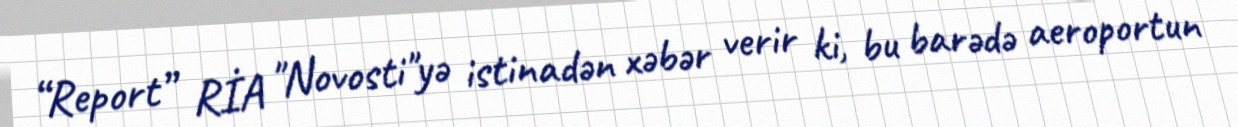
“Report” RİA "Novosti"yə istinadən xəbər verir ki, bu barədə aeroportun